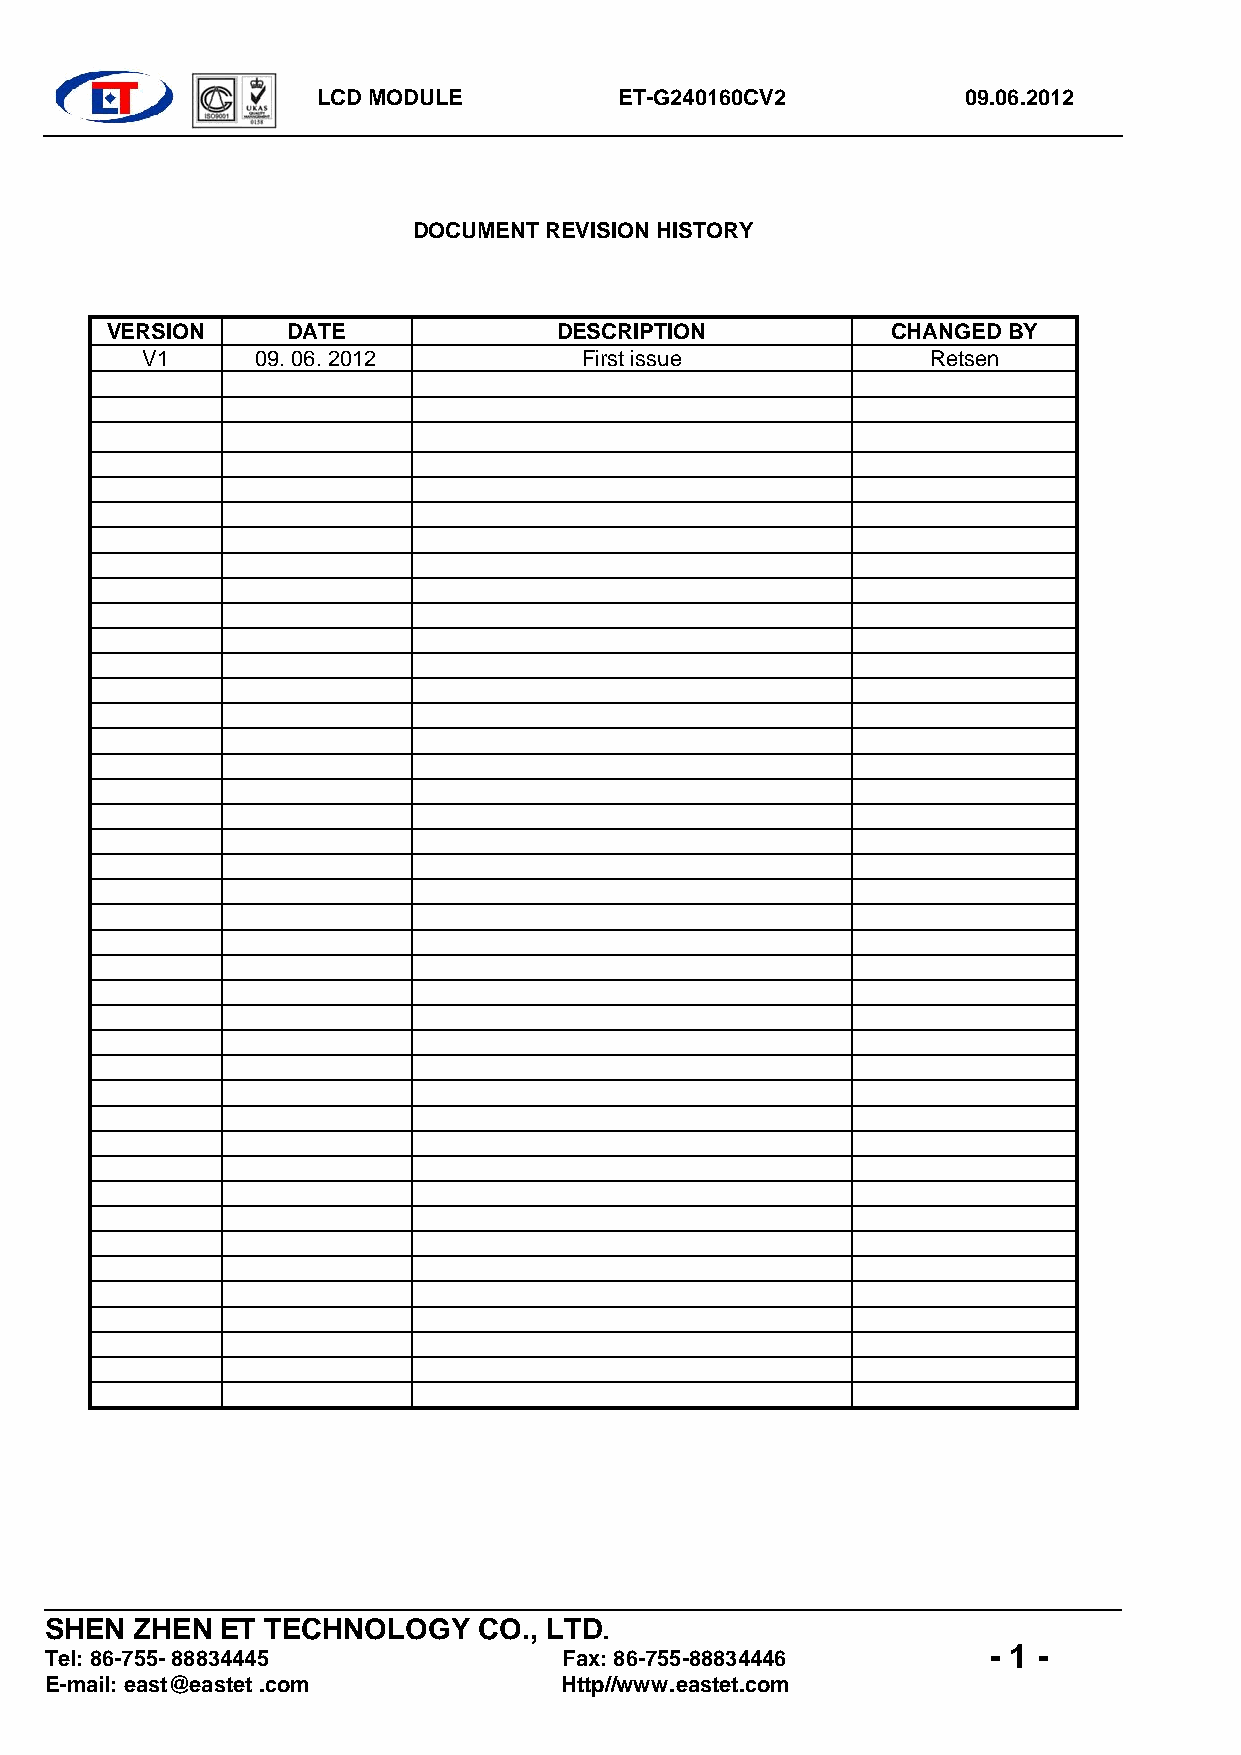
LCD MODULE          ET-G240160CV2          09.06.2012
 DOCUMENT REVISION HISTORY
 VERSION     DATE              DESCRIPTION           CHANGED BY
 V1      09. 06. 2012          First issue            Retsen
 SHEN  ZHEN  ET TECHNOLOGY    CO., LTD.
 - 1 -
 Tel: 86-755- 88834445             Fax: 86-755-88834446
 E-mail: east@eastet .com          Http//www.eastet.com